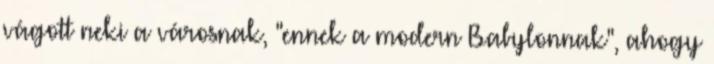
vágott neki a városnak, "ennek a modern Babylonnak", ahogy